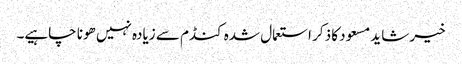
خیر شاید مسعود کا ذکر استعمال شدہ کنڈم سے زیادہ نہیں ھونا چاہیے۔